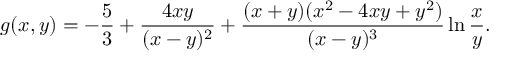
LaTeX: g ( x , y ) = - { \frac { 5 } { 3 } } + { \frac { 4 x y } { ( x - y ) ^ { 2 } } } + { \frac { ( x + y ) ( x ^ { 2 } - 4 x y + y ^ { 2 } ) } { ( x - y ) ^ { 3 } } } \ln { \frac { x } { y } } .